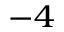
^ { - 4 }